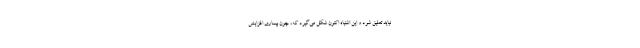
نباید تعلیق شود و این اشتباه اکنون شکل می‌گیرد که، چون بیماری افزایش